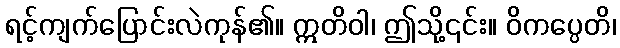
ရင့်ကျက်ပြောင်းလဲကုန်၏။ ဣတိဝါ၊ ဤသို့၎င်း။ ဝိကပ္ပေတိ၊